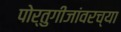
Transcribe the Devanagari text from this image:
पोर्तुगीजांवरच्या